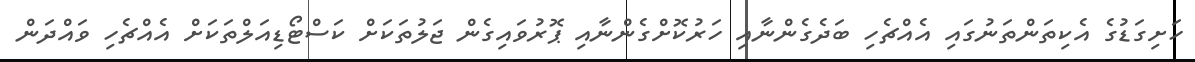
ހަށިގަޑުގެ އެކިތަންތަނުގައި އެއްޗެހި ބަދެގެންނާއި ހަރުކޮށްގެންނާއި ޕޮރުވައިގެން ޖަލުތަކަށް ކަސްޓޯޑިއަލްތަކަށް އެއްޗެހި ވައްދަން